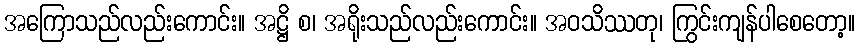
အကြောသည်လည်းကောင်း။ အဋ္ဌိ စ၊ အရိုးသည်လည်းကောင်း။ အဝသိဿတု၊ ကြွင်းကျန်ပါစေတော့။